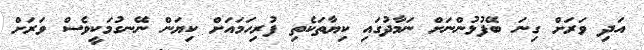
އަދި ވަރަށް ގިނަ ބޭފުޅުންނަށް ނަމާދުގައި ކިޔާތަކެތި ފުރިހަމައަށް ކިޔަން ނޭނގުމަކީވެސް ވަރަށް